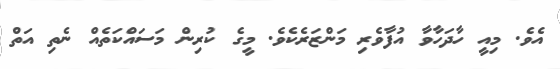
އެވެ. މިއީ ހާދަހާވާ އުފާވެރި މަންޒަރެކެވެ. މީގެ ކުރިން މަސައްކަތެއް ނެތި އަތް